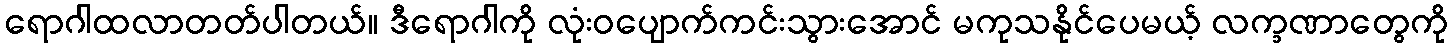
ရောဂါထလာတတ်ပါတယ်။ ဒီရောဂါကို လုံးဝပျောက်ကင်းသွားအောင် မကုသနိုင်ပေမယ့် လက္ခဏာတွေကို